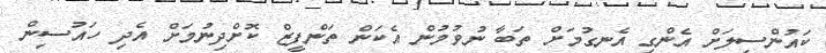
ކައުންސިލަށް އެންގި އެނގުމަށް ތަބާ ނުވުމުން އެކަން ތަންފީޒް ކޮށްދިނުމަށް އެދި ހައުސިން